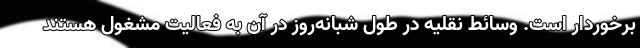
برخوردار است. وسائط نقلیه در طول شبانه‌روز در آن به فعالیت مشغول هستند